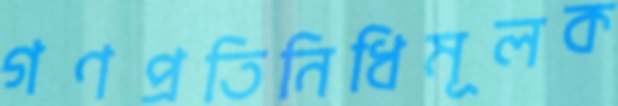
গণপ্রতিনিধিমূলক